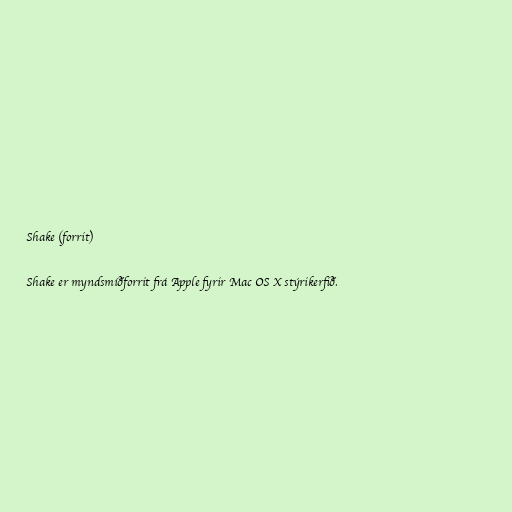
Shake (forrit)

Shake er myndsmíðforrit frá Apple fyrir Mac OS X stýrikerfið.